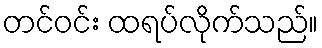
တင်ဝင်း ထရပ်လိုက်သည်။